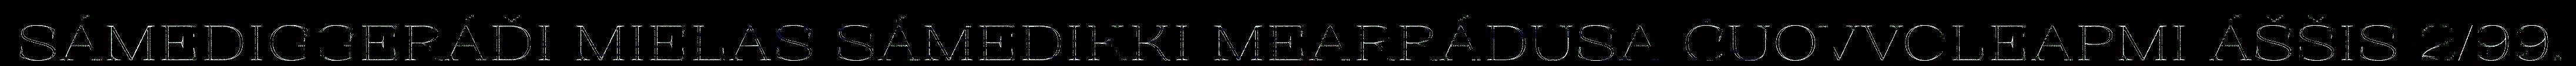
SÁMEDIGGERÁĐI MIELAS SÁMEDIKKI MEARRÁDUSA ČUOVVOLEAPMI ÁŠŠIS 2/99.